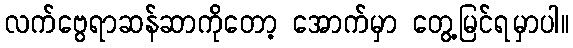
လက်ဗွေရာဆန်ဆာကိုတော့ အောက်မှာ တွေ့မြင်ရမှာပါ။